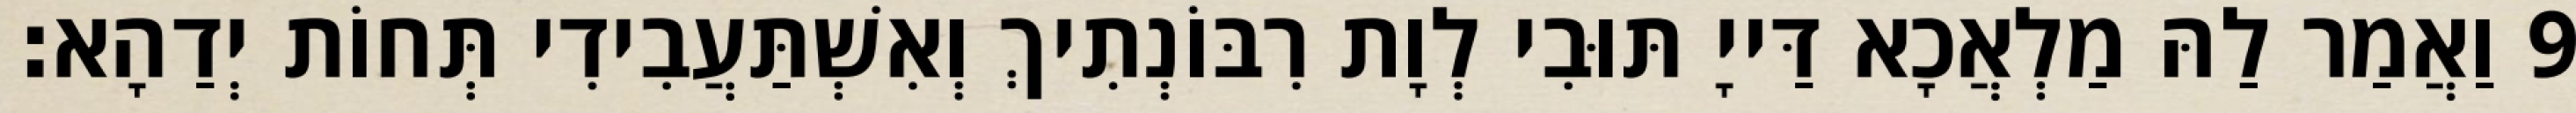
9 וַאֲמַר לַהּ מַלְאֲכָא דַּייָ תּוּבִי לְוָת רִבּוֹנְתִיךְ וְאִשְׁתַּעֲבִידִי תְּחוֹת יְדַהָא׃